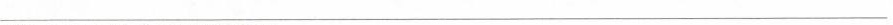
___